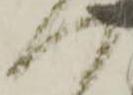
へ